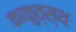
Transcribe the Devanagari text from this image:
काकुत्स्थः